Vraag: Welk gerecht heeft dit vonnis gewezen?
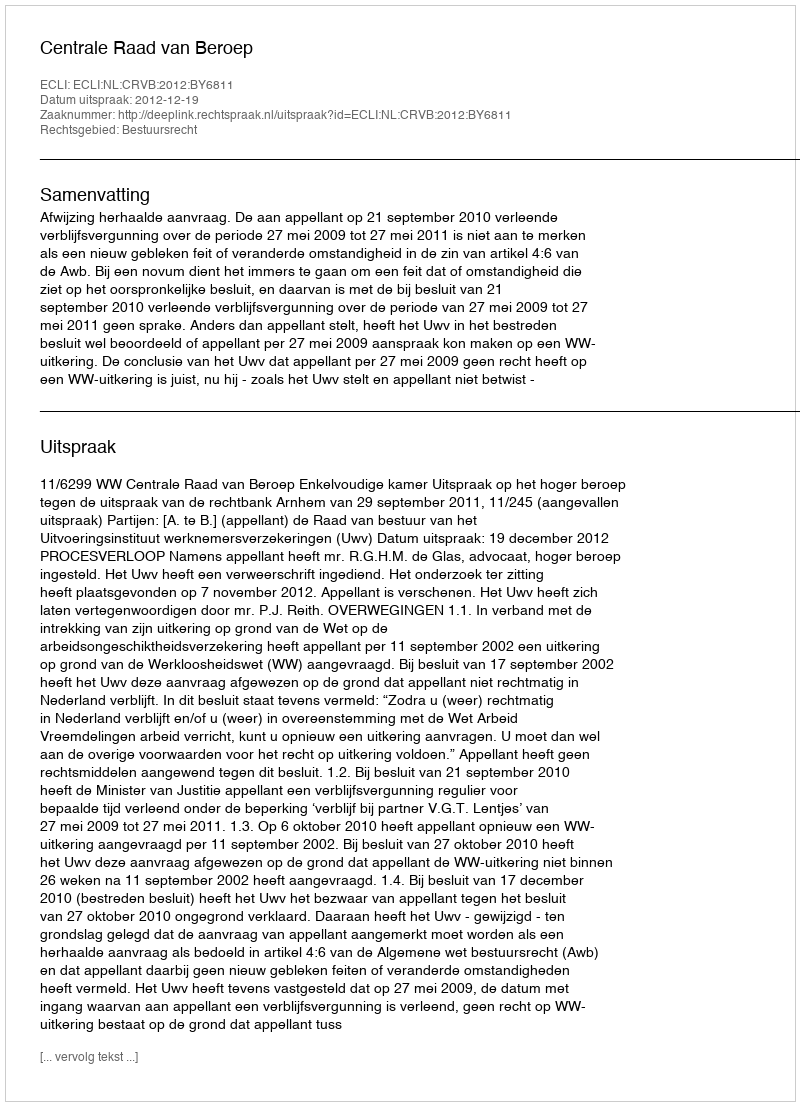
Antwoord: Centrale Raad van Beroep